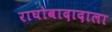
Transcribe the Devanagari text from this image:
राघोबादादाला